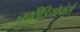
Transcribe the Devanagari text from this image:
नफ्ऱेीडियोपोर्स